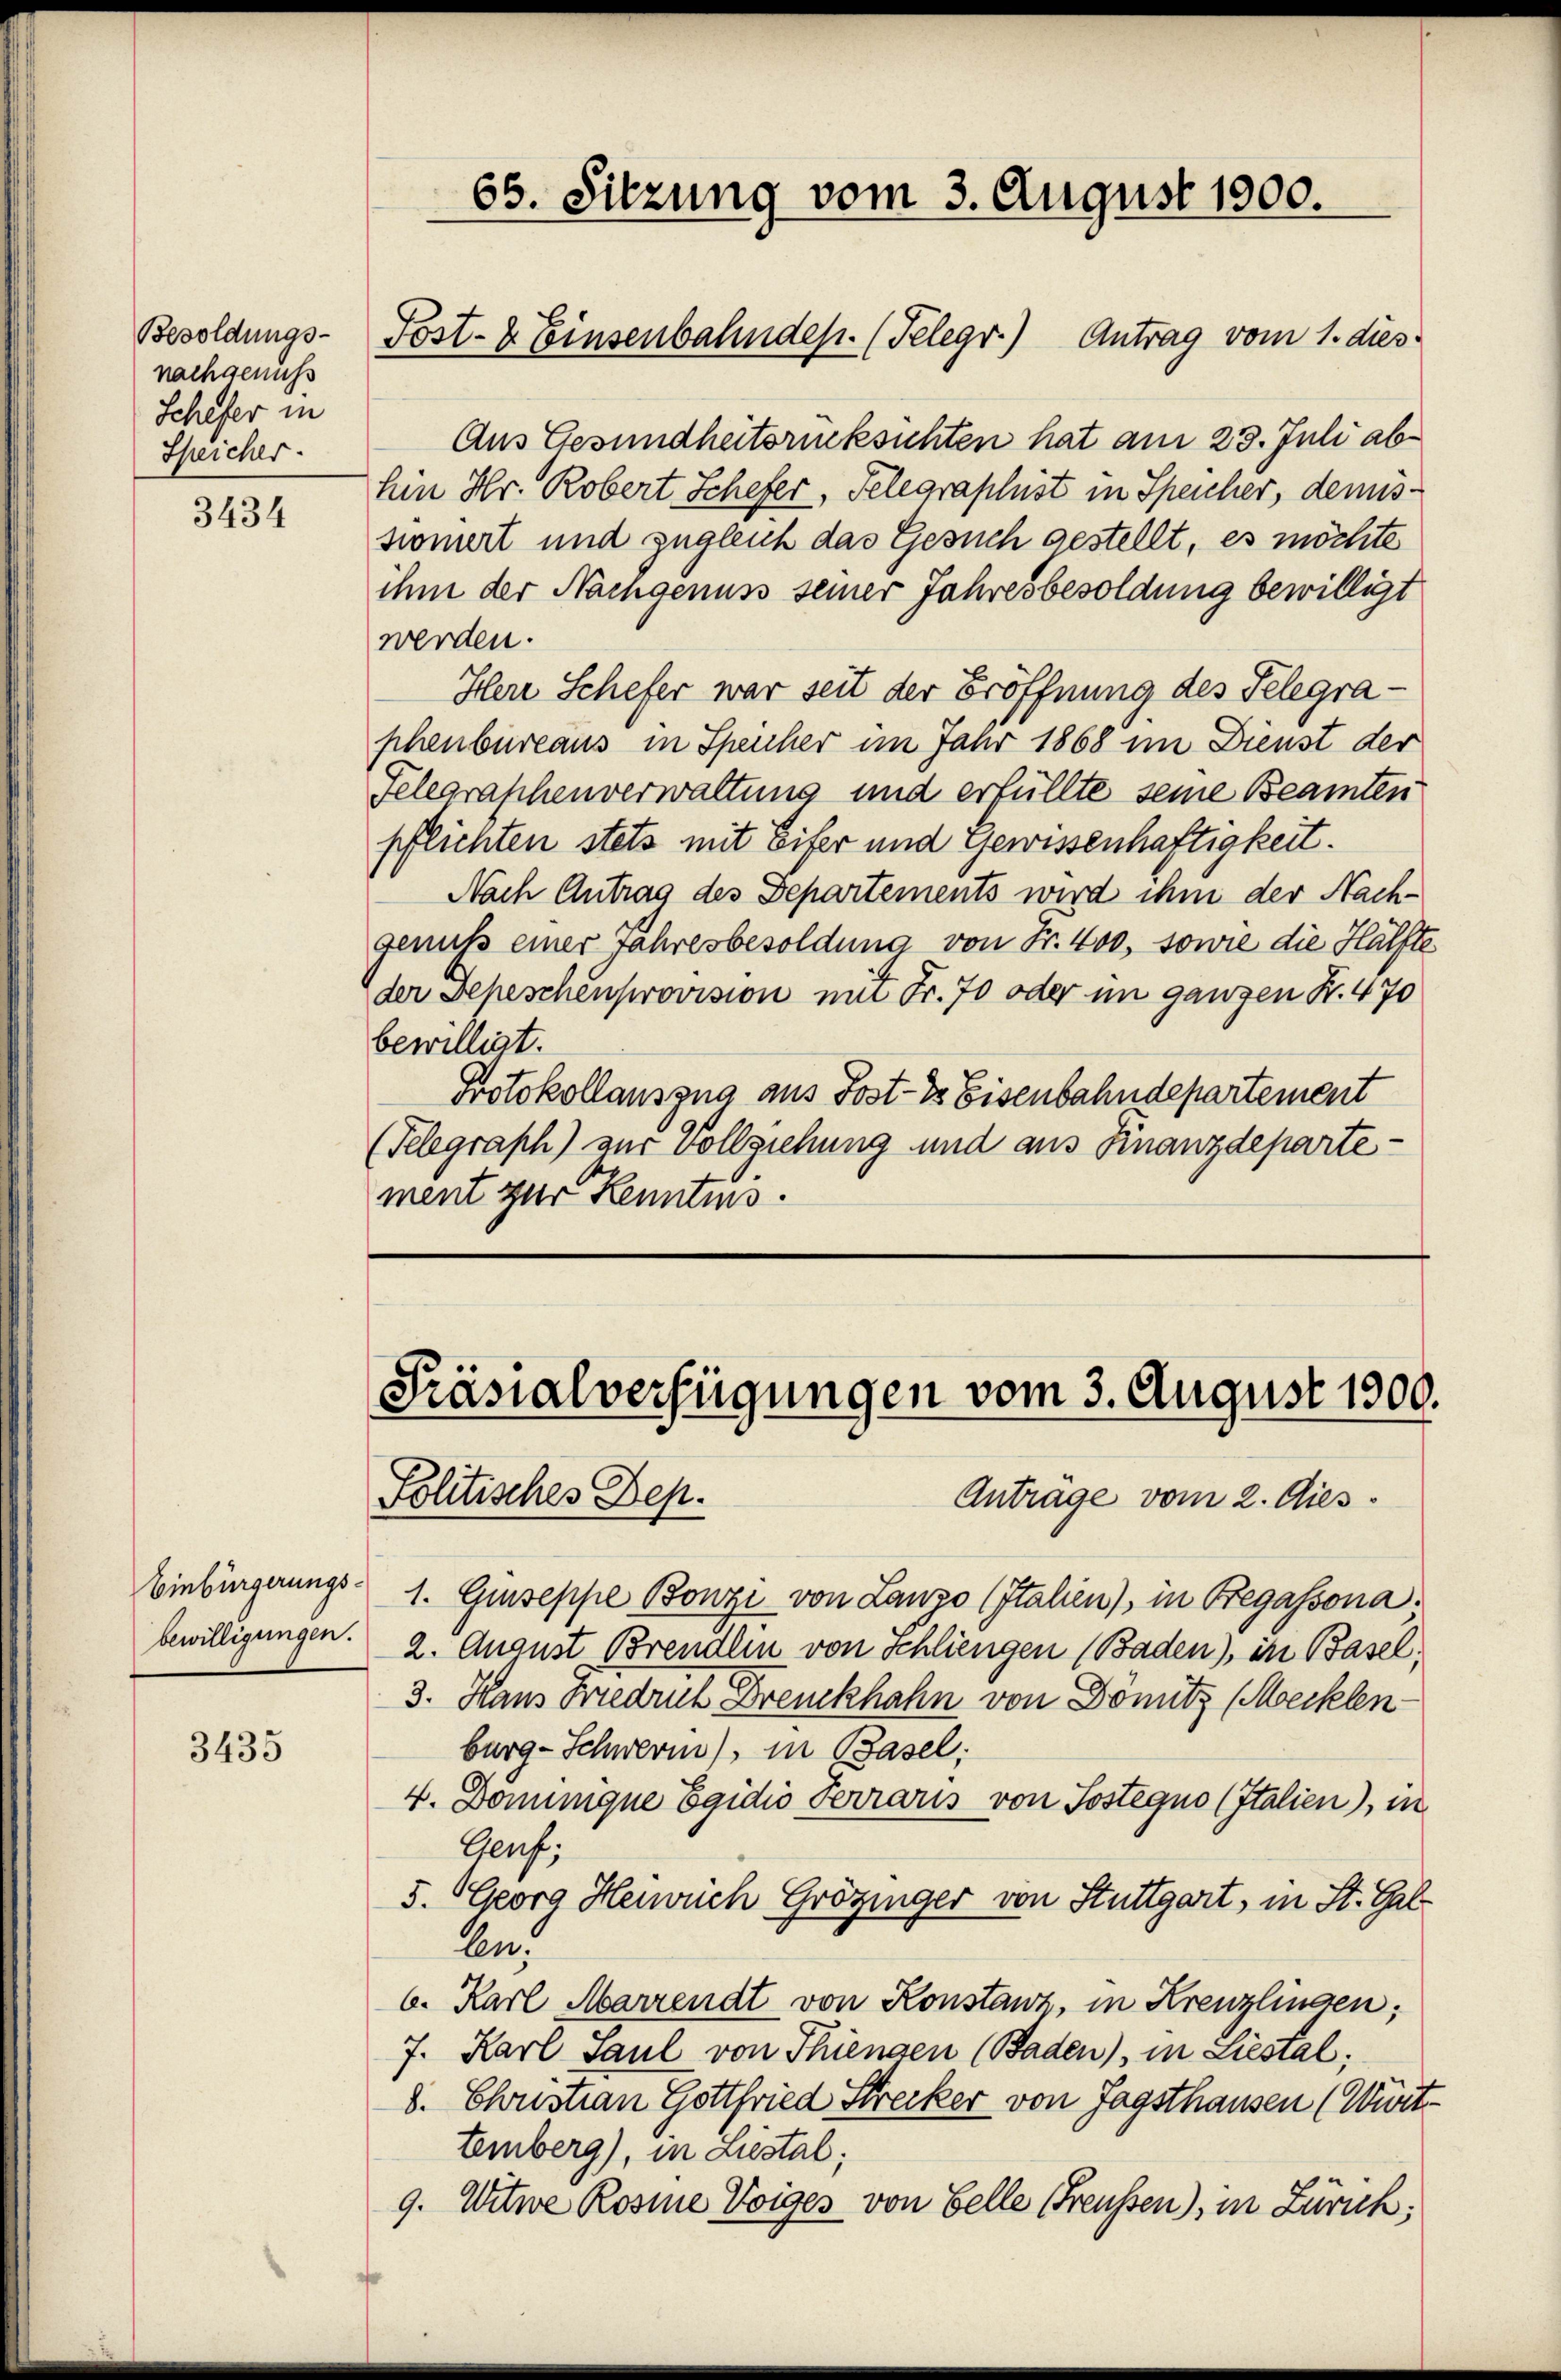
Besoldungs-
nachgenus
Schifer in
Speicher.

3434

Aus Gesundheitsrücksichten hat am 23. Juli abhin Hr. Robert Schefer, Telegraphist in Speicher, demissioniert und zugleich das Gesuch gestellt, es möchte
ihm der Nachgenuss seiner Jahresbesoldung bewilligt
werden.
Here Schefer war seit der Eröffnung des Telegraphenbureaus in Speicher im Jahr 1868 im Dienst der
Felegraphenverwaltung und erfüllte seine Beamten
pflichten stets mit Eifer und Gewissenhaftigkeit.
Nach Antrag des Departements wird ihm der Nach-
genuss einer Jahresbesoldung von Fr. 400, sowie die Hälfte
der Depeschenprovision mit Fr. 70 oder im ganzen N. 470
bewilligt.
Protokollauszug aus Post- & Eisenbahndepartement
(Telegraph) zur Vollziehung und aus Finanzdepartement zur Kenntnis.

Einbürgerungsbewilligungen.

3435

65. Sitzung vom 3. August 1900.

Post- & Einsenbahndep. (Telegr.) Antrag vom 1. dies

Präsialverfügungen vom 3. August 1800.
Politisches Dep
Antrage vom 2. Dies

1. Guseppe Bonzi von Lanzo (Italien), in Begassona.
2. August Brendlin von Schliengen (Baden), in Basel,
3. Haus Friedrich Dreuckhahn von Dömitz (Mecklen
burg-Schwere), in Basel;
4. Dominique Egidio Terraris von Sostegno (Italien), in
Genf,
5. Georg Heinrich Grözinger von Stuttgart, in St. Gal¬
An
6. Karl Marrendt von Konstanz, in Kreuzlingen;
7. Karl Paul von Thiengen (Baden), in Liestal;
8. Christian Gottfried Strecker von Tagsthausen (Würt¬
Eemberg), in Liestal;
9. Witwe Rosine Voiges von Felle Freussen), in Zürich;